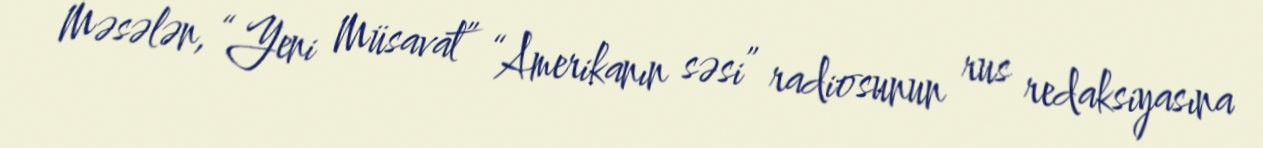
Məsələn, “Yeni Müsavat” “Amerikanın səsi” radiosunun rus redaksiyasına